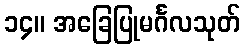
၁၄။ အခြေပြုမင်္ဂလသုတ်